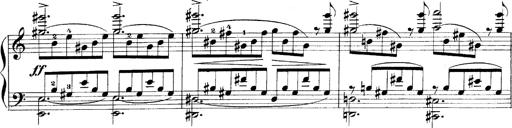
Title: LiebestrÃ¤ume
Composer: Franz Behr
Key: E-flat major